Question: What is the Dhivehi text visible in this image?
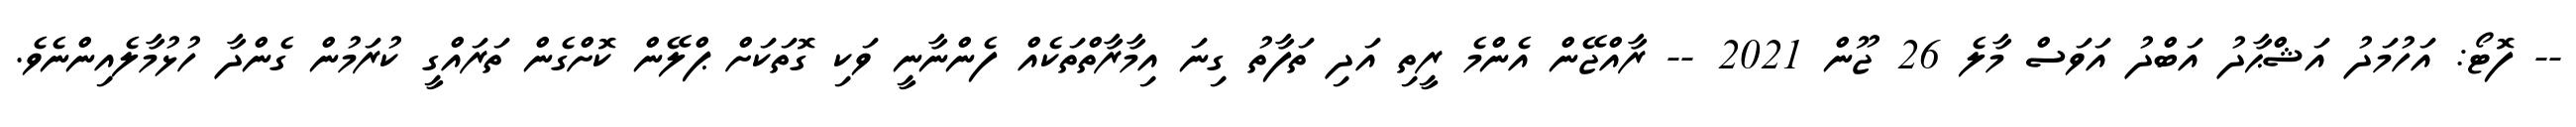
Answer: -- ފޮޓޯ: އަހުމަދު އަޝްޙާދު އަބްދު އަވަސް މާލެ 26 ޖޫން 2021 -- ރާއްޖޭން އެންމެ ރީތި އަދި ތަފާތު ގިނަ އިމާރާތްތަކެއް ފެންނާނީ ވަކި ގޮތަކަށް ޕްލޭން ކޮށްގެން ތަރައްގީ ކުރަމުން ގެންދާ ހުޅުމާލެއިންނެވެ.